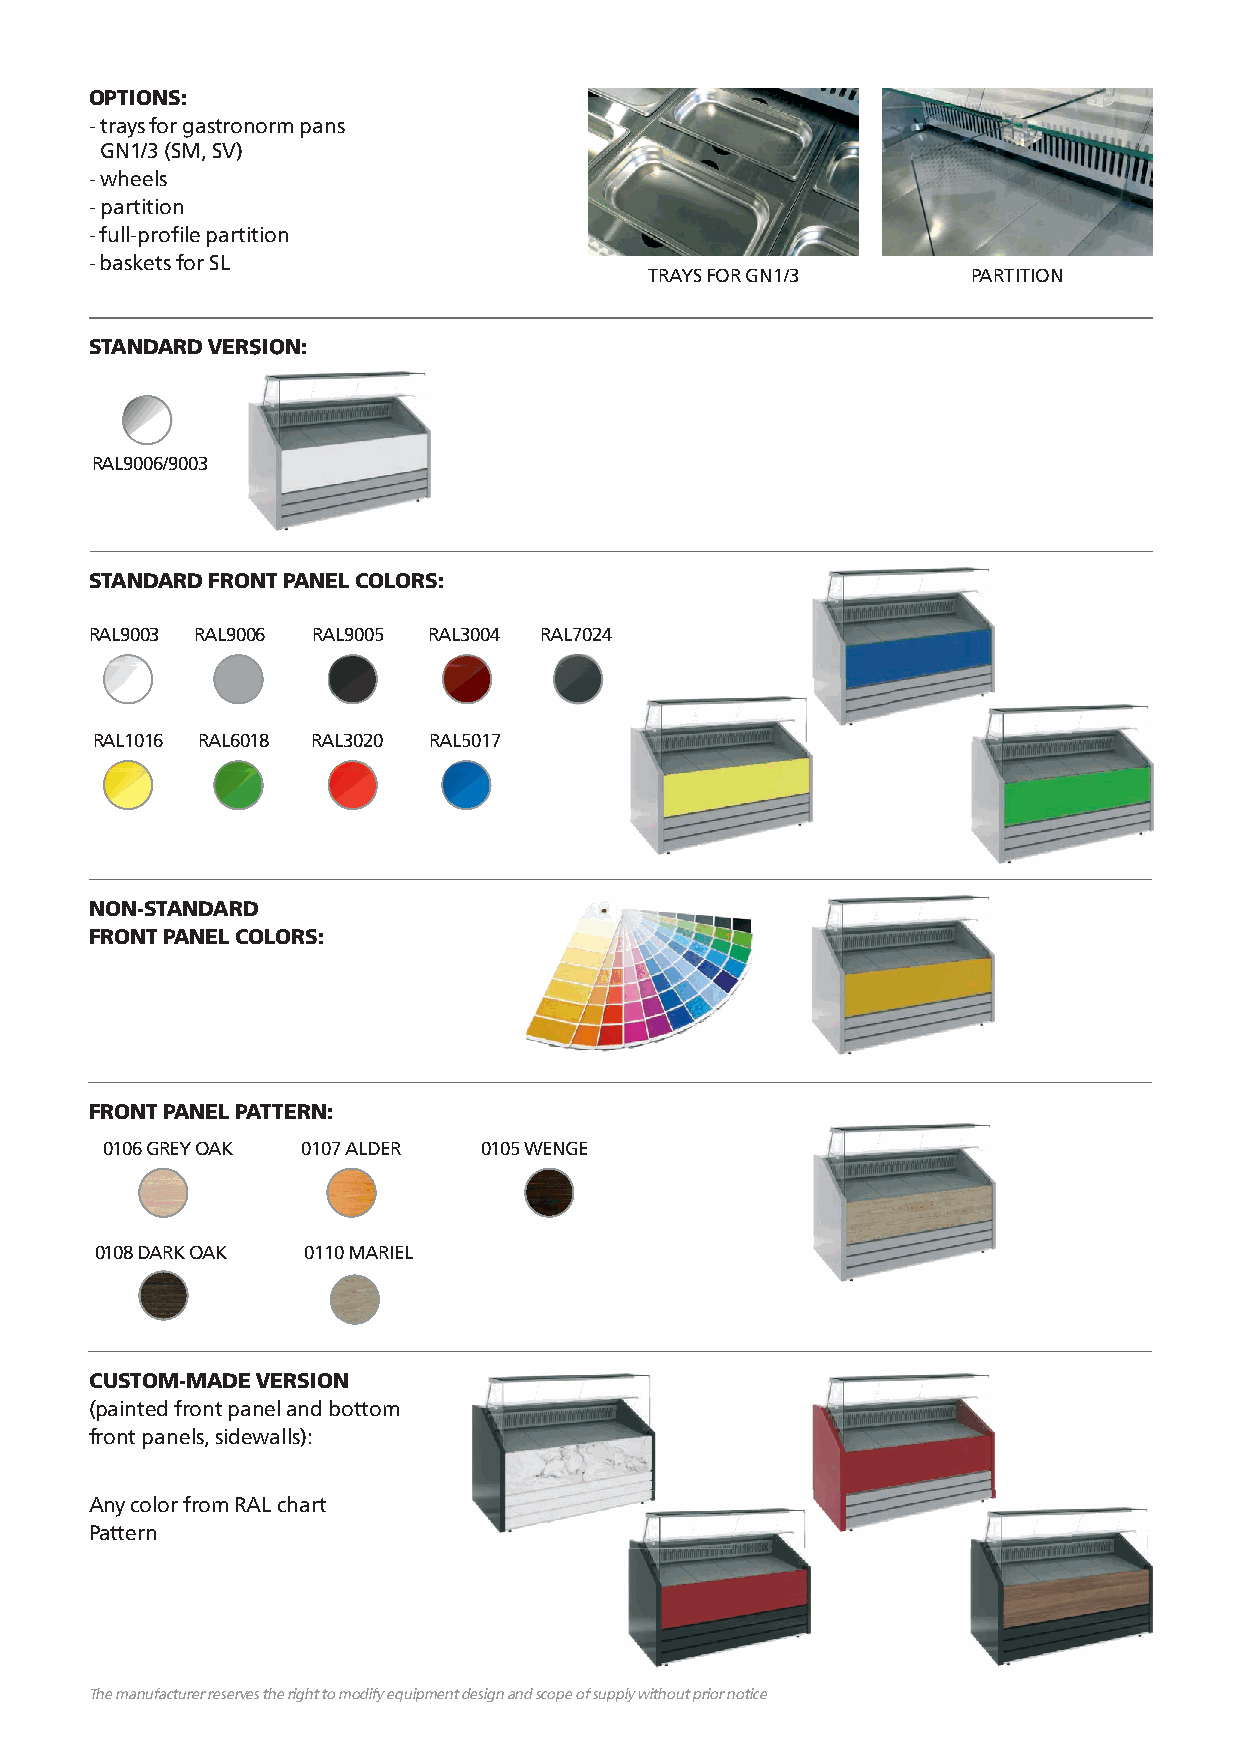
OPTIONS:
 - trays for gastronorm pans
 GN1/3 (SM, SV)
 - wheels
 - partition
 - full-profile partition
 - baskets for SL
 TRAYS FOR GN1/3      PARTITION
 SSTTAANNDDAARRDD VVEERRSSIIOONN::
 RAL9006/9003
 STANDARD FRONT PANEL COLORS:
 RAL9003 RAL9006 RAL9005 RAL3004 RAL7024
 RAL1016 RAL6018 RAL3020 RAL5017
 NON-STANDARD
 FRONT PANEL COLORS:
 FRONT PANEL PATTERN:
 0106 GREY OAK 0107 ALDER 0105 WENGE
 0108 DARK OAK 0110 MARIEL
 CUSTOM-MADE VERSION
 (painted front panel and bottom
 front panels, sidewalls):
 Any color from RAL chart
 Pattern
 The manufacturer reserves the right to modify equipment design and scope of supply without prior notice The manufacturer reserves the right to modify equipment design and scope of supply without prior notice